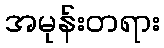
အမုန်းတရား